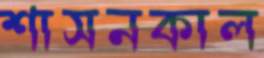
শাসনকাল